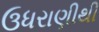
ઉધરાણીથી